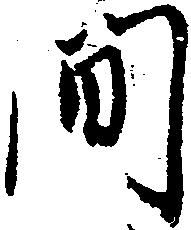
間